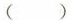
()